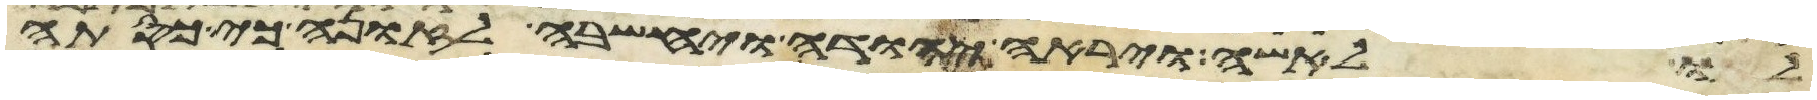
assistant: לו לאשה ויראה יהודה ויחשבה לזונה כי כסתה